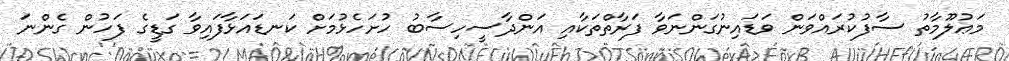
މަޢުލޫމާތު ސާފުކުރައްވަން ވަޑައިނުގަންނަވާ ފަރާތްތަކާއި އަންދާސީހިސާބު ހުށަހެޅުމަށް ކަނޑައަޅާފައިވާ ގަޑީގެ ފަހުން ގެންނަ